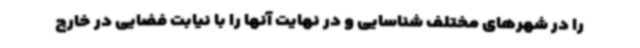
را در شهرهای مختلف شناسایی و در نهایت آنها را با نیابت فضایی در خارج